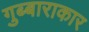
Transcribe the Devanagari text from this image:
गुब्बाराकार